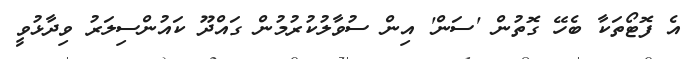
އެ ފޮޓޯތަކާ ބެހޭ ގޮތުން 'ސަން' އިން ސުވާލުކުރުމުން ގައްދޫ ކައުންސިލަރު ވިދާޅުވީ